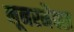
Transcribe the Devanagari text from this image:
लूनरमैक्स